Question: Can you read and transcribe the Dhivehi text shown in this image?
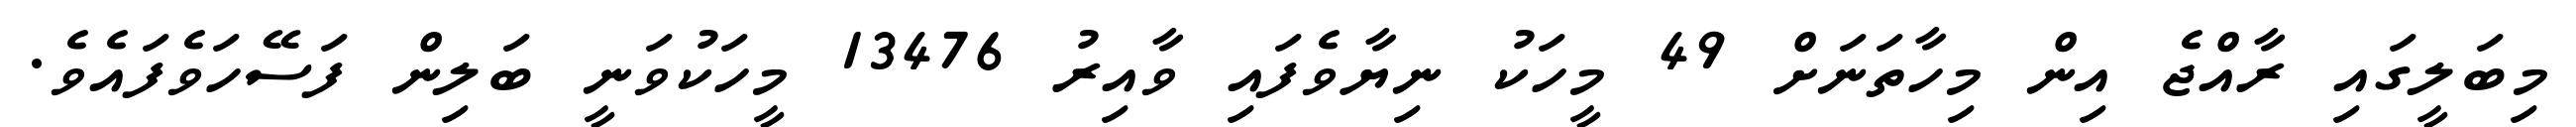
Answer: މިބަލީގައި ރާއްޖެ އިން މިހާތަނަށް 49 މީހަކު ނިޔާވެފައި ވާއިރު 13476 މީހަކުވަނީ ބަލިން ފަސޭހަވެފައެވެ.